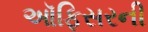
ઑફિસરની